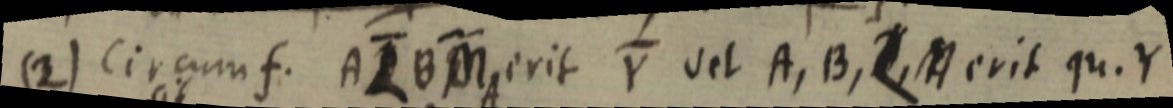
(2) Circumf. A L B M erit Y vel A, B, L, A erit qu. Y